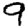
Digit: 9